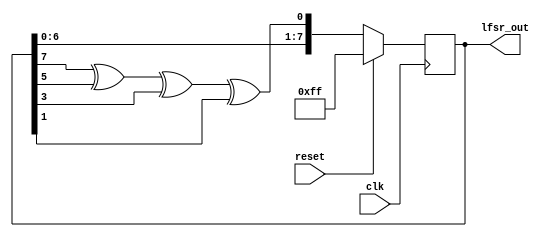
// This program was cloned from: https://github.com/ekb0412/100DaysofRTL
// License: Apache License 2.0

`timescale 1ns / 1ps

module lfsr (
    input clk, reset,
    output [7:0] lfsr_out
    );

    reg [7:0] data;

    always @(posedge clk) begin
        if (reset)
            data <= 8'hff; 
        else
            data <= {data[6:0], data[7] ^ data[5] ^ data[3] ^ data[1]};
        end

        assign lfsr_out = data;

endmodule